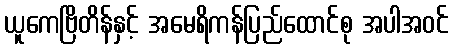
ယူကေဗြိတိန်နှင့် အမေရိကန်ပြည်ထောင်စု အပါအဝင်